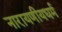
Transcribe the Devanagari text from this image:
नारायणीयधर्म